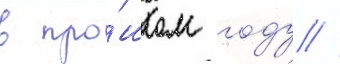
в про́шлом году //